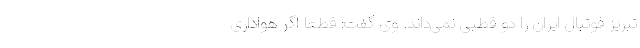
تبریز فوتبال ایران را دو قطبی نمی‌داند. وی گفت: قطعا اگر هواداری